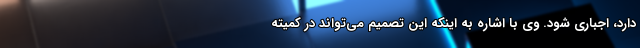
دارد، اجباری شود. وی با اشاره به اینکه این تصمیم می‌تواند در کمیته